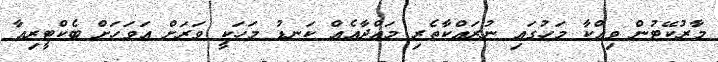
މާރުކޭޓުން ވިއްކާ މަހުގައި ނުރައްކާތެރި މައްދާއެއް ކަނޑު މަހަކީ ވަރަށް އަވަހަށް ބެކްޓީރިއާ